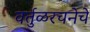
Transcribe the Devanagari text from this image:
वर्तुळरचनेचे